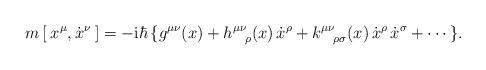
LaTeX: \begin{align*}m \, [ \: x^\mu, \dot x^\nu \: ]= - \mbox{i} \hbar \, \{ g^{\mu \nu}(x)+ h^{\mu \nu}_{\:\;\;\;\rho} (x) \, \dot x^\rho+ k^{\mu \nu}_{\:\;\;\;\rho \sigma}(x) \, \dot x^\rho \, \dot x^\sigma+ \cdots \} .\end{align*}